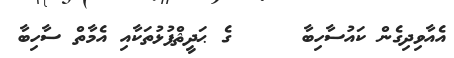
އެއާވިދިގެން ކައުސާހިބާ     ގެ ޙަދީޘްފުޅުތަކާއި އެމާތް ސާހިބާ